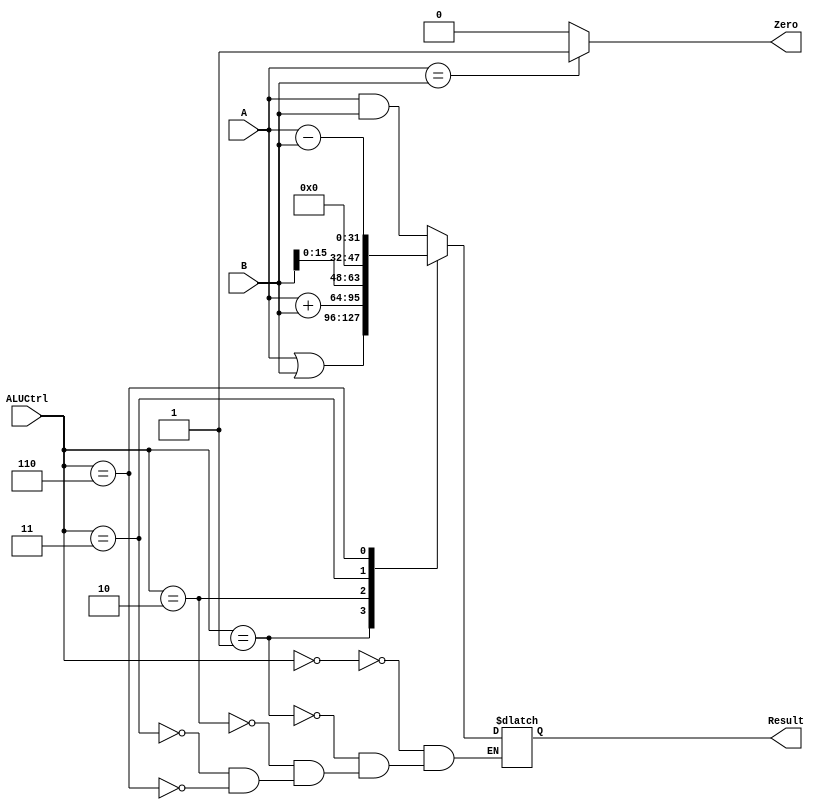
`timescale 1ns / 1ps
//////////////////////////////////////////////////////////////////////////////////
// Company: 
// Engineer: 
// 
// Design Name: 
// Module Name:    alu 
// Project Name: 
// Target Devices: 
// Tool versions: 
// Description: 
//
// Dependencies: 
//
// Revision: 
// Revision 0.01 - File Created
// Additional Comments: 
//
//////////////////////////////////////////////////////////////////////////////////
`define AND 3'b000
`define OR 3'b001
`define ADD 3'b010
`define LUI_SHIFT 3'b011
`define SUB 3'b110

module alu(
    input [2:0] ALUCtrl,
    input [31:0] A,
    input [31:0] B,
    output Zero,
    output [31:0] Result
    );
	 
	 reg [31:0] ret;	// reg 
	 
	 always @(*)
	 begin
		case (ALUCtrl)
			`AND : ret = A & B;
			`OR : ret = A | B;
			`ADD : ret = A + B;
			`LUI_SHIFT : ret = B << 16;	// 16
			`SUB : ret = A - B;
		endcase
	 end
	 
	 assign Result[31:0] = ret[31:0];
	 assign Zero = (A == B) ? 1'b1 : 1'b0;	// Zero 

endmodule